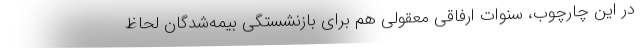
در این چارچوب، سنوات ارفاقی معقولی هم برای بازنشستگی بیمه‌شدگان لحاظ